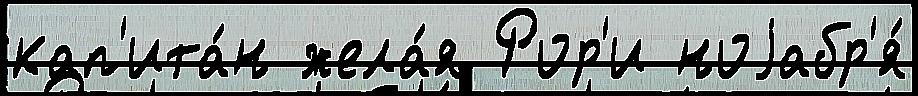
кап'ита́н жела́я Рор'и ноjабр'я́